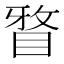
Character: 𭾹